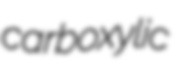
carboxylic